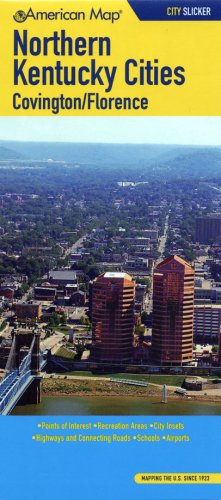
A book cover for American Map Northern Kentucky Cities/ Covington/ Florence Slicker (City Slicker); Travel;